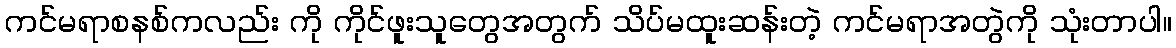
ကင်မရာစနစ်ကလည်း ကို ကိုင်ဖူးသူတွေအတွက် သိပ်မထူးဆန်းတဲ့ ကင်မရာအတွဲကို သုံးတာပါ။